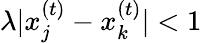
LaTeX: \lambda|x_{j}^{(t)}-x_{k}^{(t)}|<1